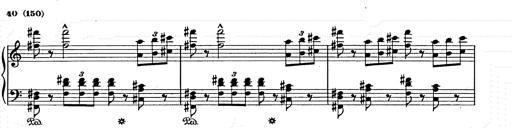
Title: Weihnachtsbaum
Composer: Franz Liszt